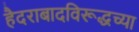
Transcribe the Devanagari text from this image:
हैदराबादविरूद्धच्या